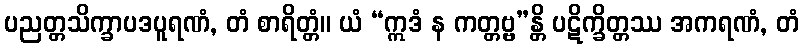
ပညတ္တသိက္ခာပဒပူရဏံ, တံ စာရိတ္တံ။ ယံ “ဣဒံ န ကတ္တဗ္ဗ”န္တိ ပဋိက္ခိတ္တဿ အကရဏံ, တံ